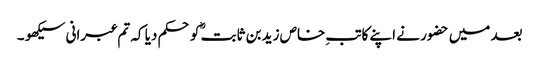
بعد میں حضور نے اپنے کاتبِ خاص زید بن ثابتؓ کو حکم دیا کہ تم عبرانی سیکھو ۔